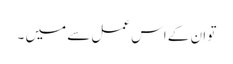
تو ان کے اس عمل سے میں ۔